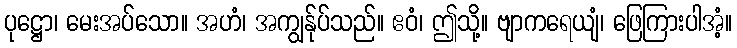
ပုဋ္ဌော၊ မေးအပ်သော။ အဟံ၊ အကျွန်ုပ်သည်။ ဧဝံ၊ ဤသို့။ ဗျာကရေယျံ၊ ဖြေကြားပါအံ့။